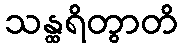
သန္ထရိတွာတိ